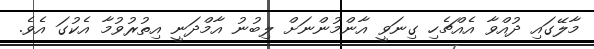
މާލޭގައި ދުއްވާ އެއްޗެހި ގިނަވީ އާންމުންނަށް ލިބުނު އާމްދަނީ އިތުރުވުމާ އެކުގަ އެވެ.